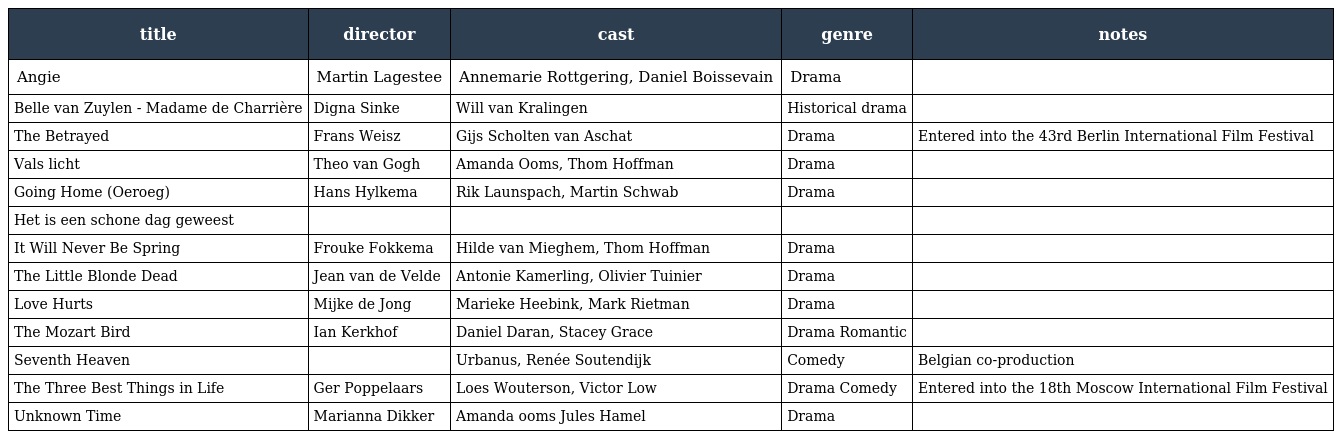
| title | director | cast | genre | notes |
 | --- | --- | --- | --- | --- |
 | Angie | Martin Lagestee | Annemarie Rottgering, Daniel Boissevain | Drama |  |
 | Belle van Zuylen - Madame de Charrière | Digna Sinke | Will van Kralingen | Historical drama |  |
 | The Betrayed | Frans Weisz | Gijs Scholten van Aschat | Drama | Entered into the 43rd Berlin International Film Festival |
 | Vals licht | Theo van Gogh | Amanda Ooms, Thom Hoffman | Drama |  |
 | Going Home (Oeroeg) | Hans Hylkema | Rik Launspach, Martin Schwab | Drama |  |
 | Het is een schone dag geweest |  |  |  |  |
 | It Will Never Be Spring | Frouke Fokkema | Hilde van Mieghem, Thom Hoffman | Drama |  |
 | The Little Blonde Dead | Jean van de Velde | Antonie Kamerling, Olivier Tuinier | Drama |  |
 | Love Hurts | Mijke de Jong | Marieke Heebink, Mark Rietman | Drama |  |
 | The Mozart Bird | Ian Kerkhof | Daniel Daran, Stacey Grace | Drama Romantic |  |
 | Seventh Heaven |  | Urbanus, Renée Soutendijk | Comedy | Belgian co-production |
 | The Three Best Things in Life | Ger Poppelaars | Loes Wouterson, Victor Low | Drama Comedy | Entered into the 18th Moscow International Film Festival |
 | Unknown Time | Marianna Dikker | Amanda ooms Jules Hamel | Drama |  |